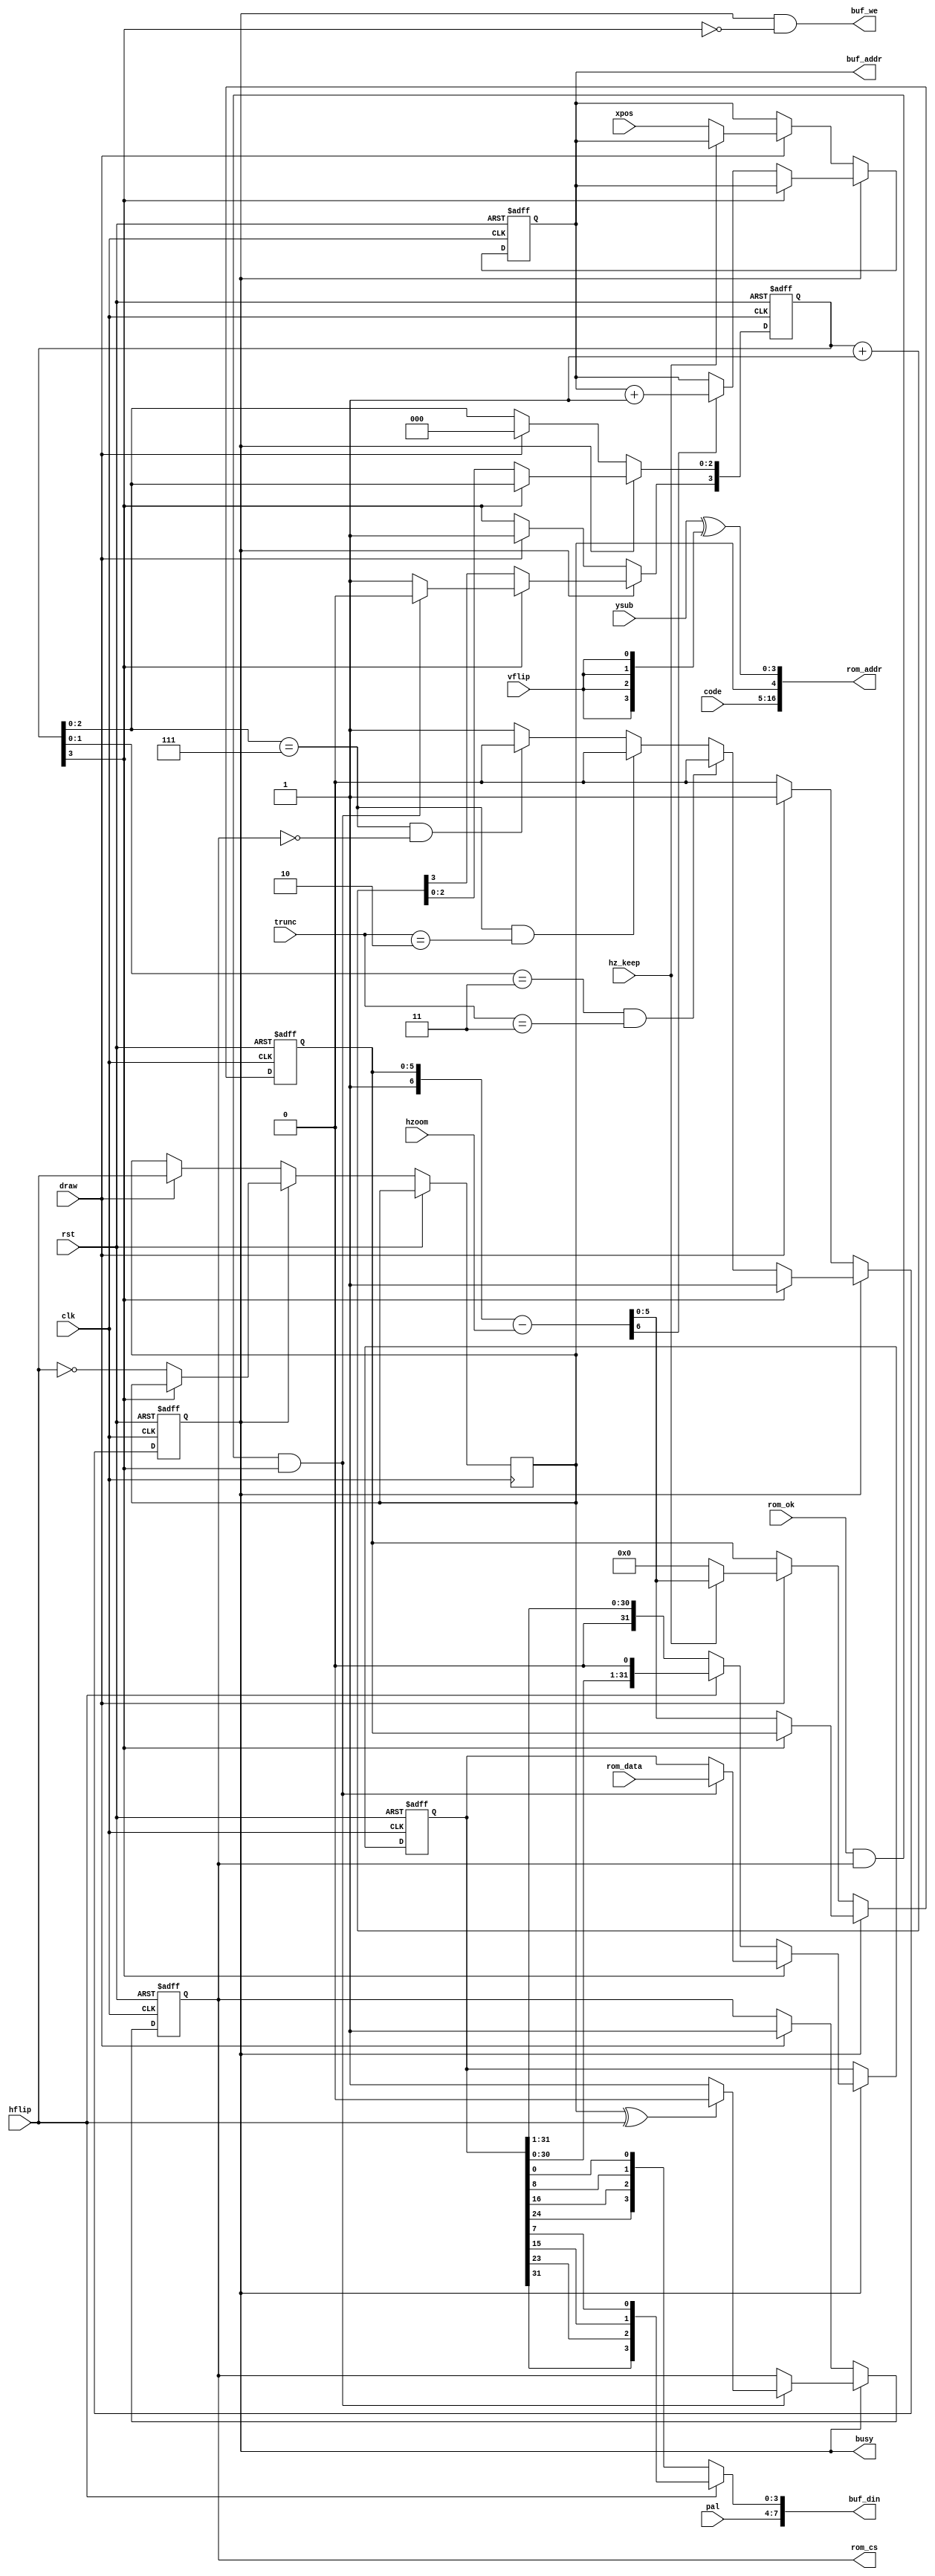
// This program was cloned from: https://github.com/jotego/jtcores
// License: GNU General Public License v3.0

/*  This file is part of JTFRAME.
    JTFRAME program is free software: you can redistribute it and/or modify
    it under the terms of the GNU General Public License as published by
    the Free Software Foundation, either version 3 of the License, or
    (at your option) any later version.

    JTFRAME program is distributed in the hope that it will be useful,
    but WITHOUT ANY WARRANTY; without even the implied warranty of
    MERCHANTABILITY or FITNESS FOR A PARTICULAR PURPOSE.  See the
    GNU General Public License for more details.

    You should have received a copy of the GNU General Public License
    along with JTFRAME.  If not, see <http://www.gnu.org/licenses/>.

    Author: Jose Tejada Gomez. Twitter: @topapate
    Version: 1.0
    Date: 18-12-2022 */

// Draws one line of a 16x16 tile
// It could be extended to 32x32 easily

module jtframe_draw#( parameter
    CW       = 12,    // code width
    PW       =  8,    // pixel width (lower four bits come from ROM)
    ZW       =  6,    // zoom step width
    ZI       =  ZW-1, // integer part of the zoom, use for enlarging. ZI=ZW-1=no enlarging
    ZENLARGE =  0,    // enable zoom enlarging
    SWAPH    =  0,    // swaps the two horizontal halves of the tile
    KEEP_OLD =  0     // slows down drawing to be compatible with jtframe_obj_buffer's KEEP_OLD parameter
)(
    input               rst,
    input               clk,

    input               draw,
    output reg          busy,
    input    [CW-1:0]   code,
    input      [ 8:0]   xpos,
    input      [ 3:0]   ysub,
    input      [ 1:0]   trunc, // 00=no trunc, 10 = 8 pixels, 11 = 4 pixels

    // optional zoom, keep at zero for no zoom
    input    [ZW-1:0]   hzoom,
    input               hz_keep, // set to 0 on the first tile of a multi-tile
                                 // sprite, 1 for the rest of the tiles
    input               hflip,
    input               vflip,
    input      [PW-5:0] pal,

    output     [CW+6:2] rom_addr, // HVVVV format
    output reg          rom_cs,
    input               rom_ok,
    input      [31:0]   rom_data,

    output reg [ 8:0]   buf_addr,
    output              buf_we,
    output     [PW-1:0] buf_din
);

localparam [ZW-1:0] HZONE = { {ZW-1{1'b0}},1'b1} << ZI;

// Each tile is 16x16 and comes from the same ROM
// but it looks like the sprites have the two 8x16 halves swapped

reg      [31:0] pxl_data;
reg             rom_lsb;
reg      [ 3:0] cnt;
wire     [ 3:0] ysubf, pxl;
reg    [ZW-1:0] hz_cnt, nx_hz;
wire  [ZW-1:ZI] hzint;
reg             cen=0, moveon, readon;
wire            msb;

assign msb     = !trunc[0] ? cnt[3] : trunc[1] ? cnt[1] : cnt[2]; // 16, 4 or 8 pixels
assign ysubf   = ysub^{4{vflip}};
assign buf_din = { pal, pxl };
assign pxl     = hflip ?
    { pxl_data[31], pxl_data[23], pxl_data[15], pxl_data[ 7] } :
    { pxl_data[24], pxl_data[16], pxl_data[ 8], pxl_data[ 0] };

assign rom_addr = { code, rom_lsb^SWAPH[0], ysubf[3:0] };
assign buf_we   = busy & ~cnt[3];
assign hzint    = hz_cnt[ZW-1:ZI];
// assign { skip, nx_hz } = {1'b0, hz_cnt}+{1'b0,hzoom};

always @* begin
    if( ZENLARGE==1 ) begin
        readon = hzint >= 1; // tile pixels read (reduce)
        moveon = hzint <= 1; // buffer moves (enlarge)
        nx_hz = readon ? hz_cnt - HZONE : hz_cnt;
        if( moveon ) nx_hz = nx_hz + hzoom;
    end else begin
        readon = 1;
        { moveon, nx_hz } = {1'b1, hz_cnt}-{1'b0,hzoom};
    end
end

always @(posedge clk) cen <= ~cen;

always @(posedge clk, posedge rst) begin
    if( rst ) begin
        rom_cs   <= 0;
        buf_addr <= 0;
        pxl_data <= 0;
        busy     <= 0;
        cnt      <= 0;
        hz_cnt   <= 0;
    end else begin
        if( !busy ) begin
            if( draw ) begin
                rom_lsb <= hflip; // 14+4 = 18 (+2=20)
                rom_cs  <= 1;
                busy    <= 1;
                cnt     <= 8;
                if( !hz_keep ) begin
                    hz_cnt   <= 0;
                    buf_addr <= xpos;
                end else begin
                    hz_cnt <= nx_hz;
                end
            end
        end else if(KEEP_OLD==0 || cen || cnt[3] ) begin
            // cen is required when old buffer data must be preserved but it
            // slows down the process. That wait is not needed while cnt[3]
            // is high, so it can be used to gain back some time
            if( rom_ok && rom_cs && cnt[3]) begin
                pxl_data <= rom_data;
                cnt[3]   <= 0;
                if( rom_lsb^hflip ) begin
                    rom_cs <= 0;
                end else begin
                    rom_cs <= 1;
                end
            end
            if( !cnt[3] ) begin
                hz_cnt   <= nx_hz;
                if( readon ) begin
                    cnt      <= cnt+1'd1;
                    pxl_data <= hflip ? pxl_data << 1 : pxl_data >> 1;
                end
                if( moveon ) buf_addr <= buf_addr+1'd1;
                rom_lsb  <= ~hflip;
                if( cnt[2:0]==7 && !rom_cs && readon ) busy <= 0; // 16 pixels
                if( cnt[2:0]==7 && trunc==2'b10      ) busy <= 0; //  8 pixels
                if( cnt[1:0]==3 && trunc==2'b11      ) busy <= 0; //  4 pixels
            end
        end
    end
end

endmodule